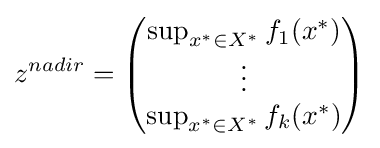
z^{nadir}={\begin{pmatrix}\sup _{x^{*}\in X^{*}}f_{1}(x^{*})\\\vdots \\\sup _{x^{*}\in X^{*}}f_{k}(x^{*})\end{pmatrix}}